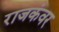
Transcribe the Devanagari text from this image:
राजकंवर